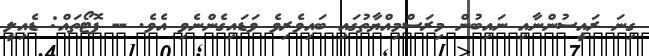
ގިނަ ރައީސުންނާއި ނައިބުން މިރަސްމިއްޔާތުގައި ބައިވެރިވެ ވަޑައިގެންނެވި އެވެ. -- ފޮޓޯތައް: ޑެއިލީ